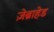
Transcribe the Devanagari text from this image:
ज़ेब्राहेड